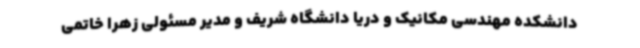
دانشکده مهندسی مکانیک و دریا دانشگاه شریف و مدیر مسئولی زهرا خاتمی